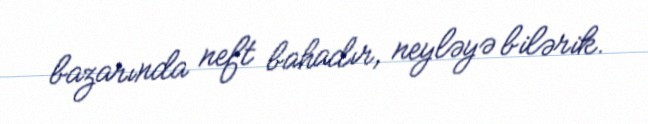
bazarında neft bahadır, neyləyə bilərik.